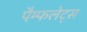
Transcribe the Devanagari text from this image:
पैम्फलेट्स